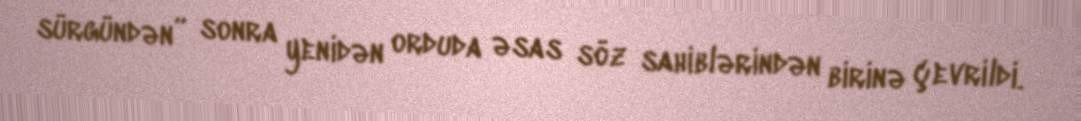
sürgündən” sonra yenidən orduda əsas söz sahiblərindən birinə çevrildi.